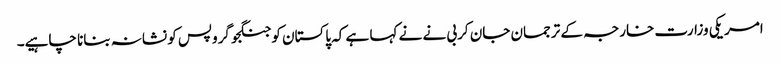
امریکی وزارت خارجہ کے ترجمان جان کربی نے نے کہا ہے کہ پاکستان کو جنگجو گروپس کو نشانہ بنانا چاہیے۔